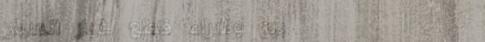
بيع وشراء قطع غيار السيار